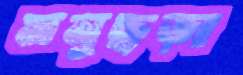
মনুছড়া